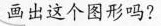
画出这个图形吗?